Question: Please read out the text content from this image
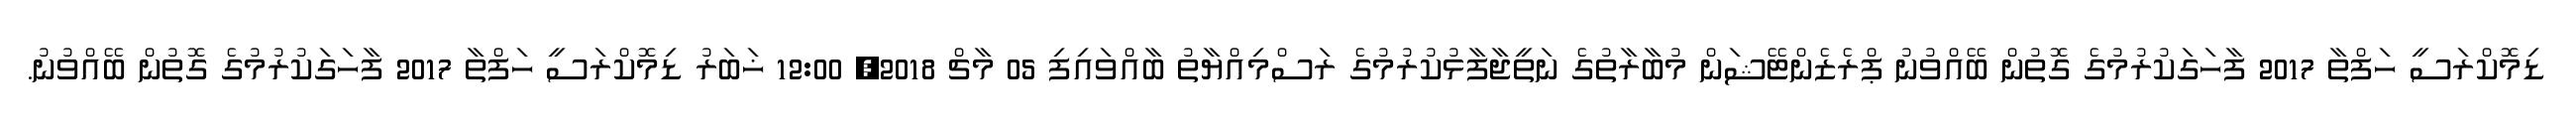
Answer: ޑިމޮކްރަސީ ހަފްތާ 2017 ފާހަގަކުރުމުގެ ގޮތުން ބޭއްވުނު ޕްރެޒެންޓޭޝަން މުބާރާތުގެ ނަތީޖާފާޅުކުރުމުގެ ރަސްމިއްޔާތު ބާއްވައިފި 05 މާޗް 2018, 12:00 ޚަބަރު ޑިމޮކްރަސީ ހަފްތާ 2017 ފާހަގަކުރުމުގެ ގޮތުން ބޭއްވުނު.